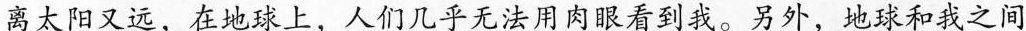
离太阳又远，在地球上，人们几乎无法用肉眼看到我。另外，地球和我之间